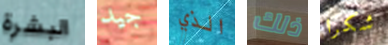
البشرة جيد الذي ذلك شكرا